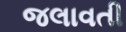
જલાવતી